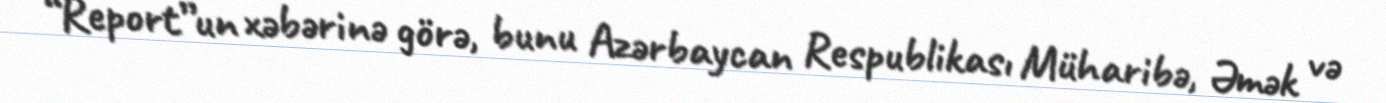
“Report”un xəbərinə görə, bunu Azərbaycan Respublikası Müharibə, Əmək və